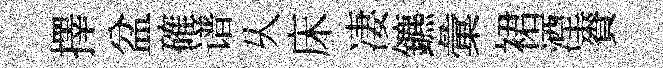
擇盆確谱乆床凄鑣彙裙湮賚